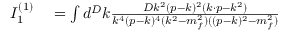
\begin{array} { r l } { I _ { 1 } ^ { ( 1 ) } } & { { } = \int d ^ { D } k \frac { D k ^ { 2 } ( p - k ) ^ { 2 } ( k \cdot p - k ^ { 2 } ) } { k ^ { 4 } ( p - k ) ^ { 4 } ( k ^ { 2 } - m _ { f } ^ { 2 } ) ( ( p - k ) ^ { 2 } - m _ { f } ^ { 2 } ) } } \end{array}